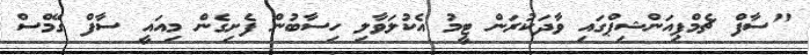
"ސާފް ޗެމްޕިއަންޝިޕްގައި ވާދަކުރަން ޓީމު އެކުލަވާލި ހިސާބުން ފެށިގެން މިއައީ ސާފް ގޭމްސް